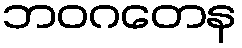
ဘဝဂတေန